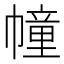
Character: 幢